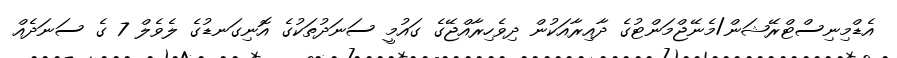
އެޑްމިނިސްޓްރޭޝަން/މެނޭޖްމަންޓުގެ ދާއިރާއަކުން ދިވެހިރާއްޖޭގެ ގައުމީ ސަނަދުތަކުގެ އޮނިގަނޑުގެ ލެވެލް 7 ގެ ސަނަދެއް